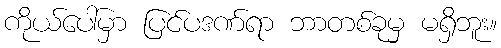
ကိုယ်ပေါ်မှာ ပြင်ပဒဏ်ရာ ဘာတစ်ခုမှ မရှိဘူး။